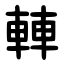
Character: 䡛